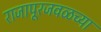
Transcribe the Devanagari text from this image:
राजापूरजवळच्या